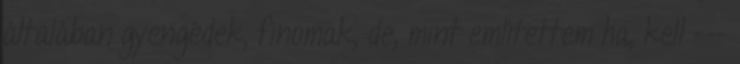
általában gyengédek, finomak, de, mint említettem ha, kell ---